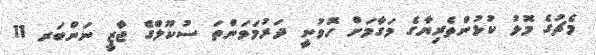
މެޗުގެ މޮޅު ކުޅުންތެރިޔާގެ މަގާމަށް ހޮވުނީ ދަރުމަވަންތަ ސުކޫލްގެ ޖާޒީ ނަންބަރ 11